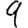
Digit: 9